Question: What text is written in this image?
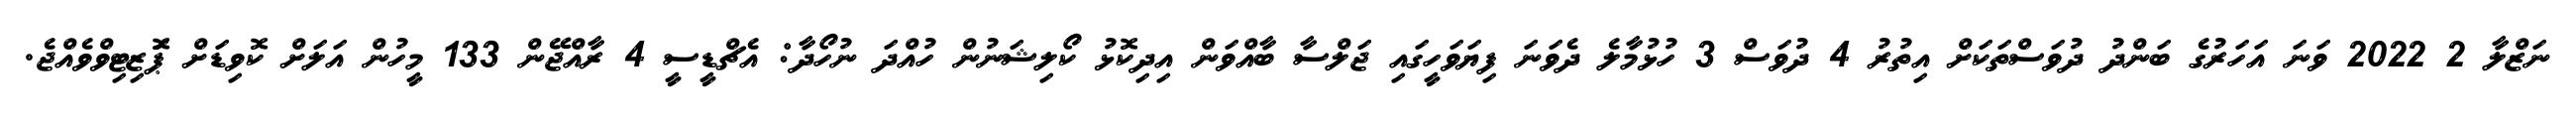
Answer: ނަޒްލާ 2 2022 ވަނަ އަހަރުގެ ބަންދު ދުވަސްތަކަށް އިތުރު 4 ދުވަސް 3 ހުޅުމާލެ ދެވަނަ ފިޔަވަހީގައި ޖަލްސާ ބާއްވަން އިދިކޮޅު ކޯލިޝަނުން ހުއްދަ ނުހޯދާ: އެޗްޑީސީ 4 ރާއްޖޭން 133 މީހުން އަލަށް ކޮވިޑަށް ޕަޮޒިޓިވްވެއްޖެ.